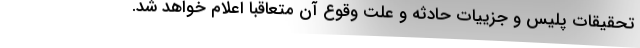
تحقیقات پلیس و جزییات حادثه و علت وقوع آن متعاقبا اعلام خواهد شد.